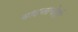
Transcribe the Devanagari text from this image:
वादनाचेही